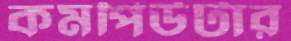
কমপিউটার